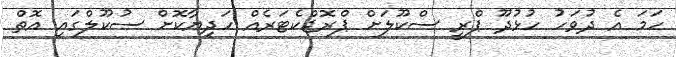
ހަމަ އެ ދުވަހު ހުޅުދޫ ޕްރީ ސްކޫލަށް ޕްރޮޖްކެޓަރެއް ހަދިޔާކޮށް ސުކޫލްގައި އޮތް